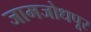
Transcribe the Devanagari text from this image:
जामजोधपूर